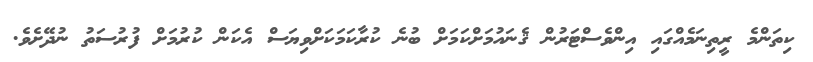
ކިތަންމެ ރީތިނަމެއްގައި އިންވެސްޓަރުން ޤެނައުމަށްކަމަށް ބުނެ ކުރާކަމަކަށްވިޔަސް އެކަން ކުރުމަށް ފުރުސަތު ނުދޭށެވެ.